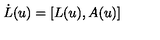
\dot { L } ( u ) = [ L ( u ) , A ( u ) ]